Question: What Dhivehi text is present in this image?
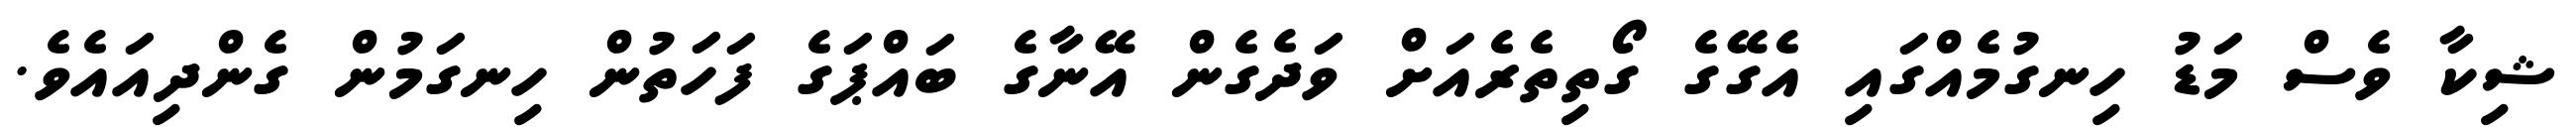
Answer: ޝިކާ ވެސް މަޑު ހިނގުމެއްގައި އެގޭގެ ގޯތިތެރެއަށް ވަދެގެން އޭނާގެ ބައްޕަގެ ފަހަތުން ހިނގަމުން ގެންދިއައެވެ.